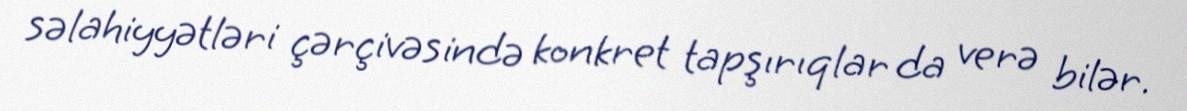
səlahiyyətləri çərçivəsində konkret tapşırıqlar da verə bilər.